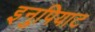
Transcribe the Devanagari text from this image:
इनुपियाट